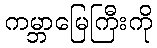
ကမ္ဘာမြေကြီးကို